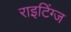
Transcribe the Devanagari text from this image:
राइटिंग्ज